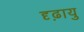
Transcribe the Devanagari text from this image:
दृढ़ायु